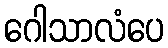
ဂေါသာလံပေ